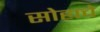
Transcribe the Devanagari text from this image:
सोहाचे